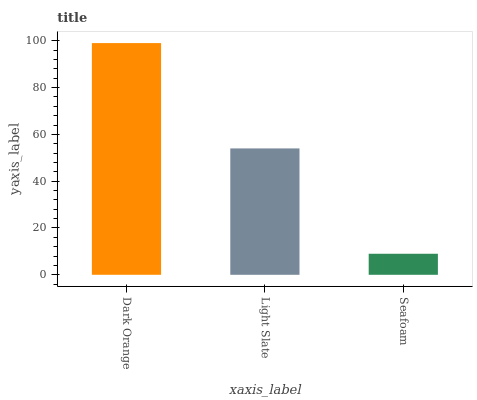
| xaxis_label | bars |
 | --- | --- |
 | Dark Orange | 99 |
 | Light Slate | 54 |
 | Seafoam | 8.99 |